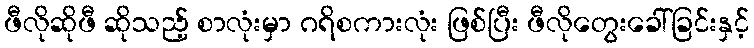
ဖီလိုဆိုဖီ ဆိုသည့် စာလုံးမှာ ဂရိစကားလုံး ဖြစ်ပြီး ဖီလိုတွေးခေါ်ခြင်းနှင့်